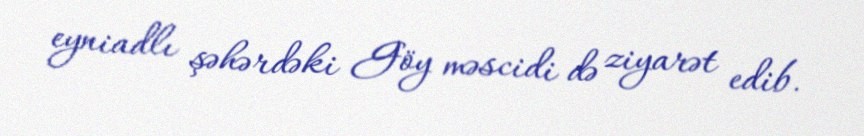
eyniadlı şəhərdəki Göy məscidi də ziyarət edib.